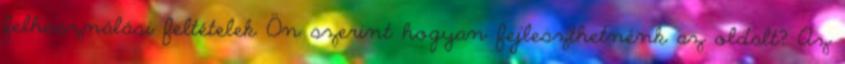
felhasználási feltételek Ön szerint hogyan fejleszthetnénk az oldalt? Az